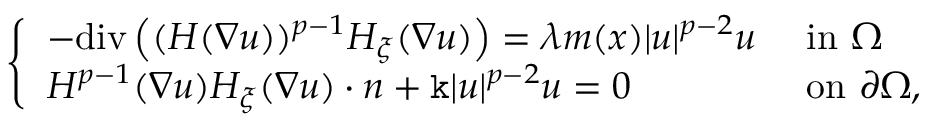
\left\{ \begin{array} { l l } { - \mathrm { d i v } \left( ( H ( \nabla u ) ) ^ { p - 1 } H _ { \xi } ( \nabla u ) \right) = \lambda m ( x ) | u | ^ { p - 2 } u } & { \mathrm { ~ i n ~ } \Omega } \\ { H ^ { p - 1 } ( \nabla u ) H _ { \xi } ( \nabla u ) \cdot n + \mathtt k | u | ^ { p - 2 } u = 0 } & { \mathrm { ~ o n ~ } \partial \Omega , } \end{array} \right.